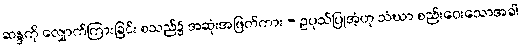
ဆန္ဒကို လျှောက်ကြားခြင်း စသည်၌ အဆုံးအဖြတ်ကား - ဥပုသ်ပြုအံ့ဟု သံဃာ စည်းဝေးသောအခါ